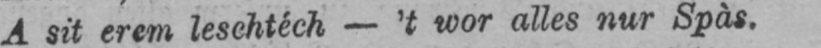
A sit erem leschtêch - ’t wor alles nur Spàs.